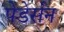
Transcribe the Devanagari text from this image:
पेडेर्सन